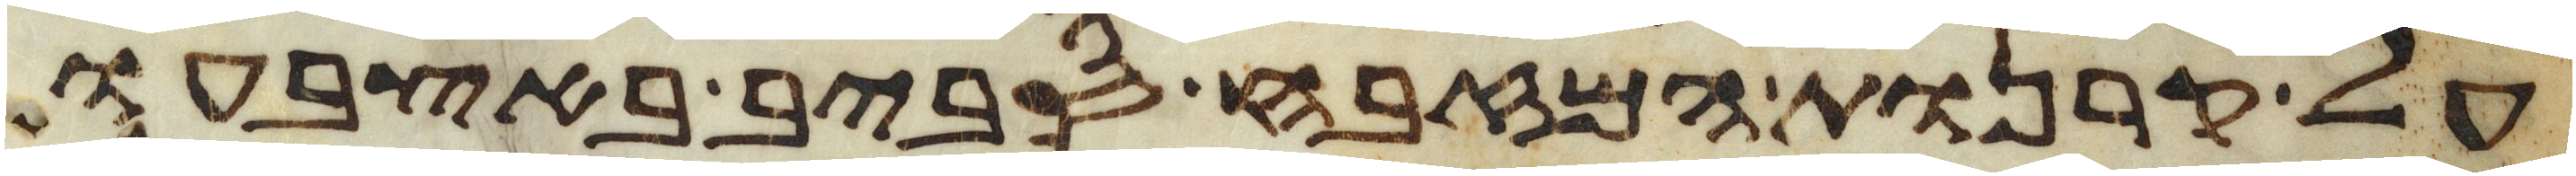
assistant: על קרנות המזבח סביב באצבעו